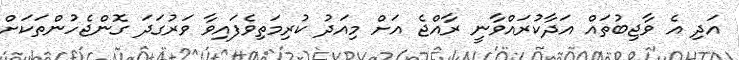
އަދި އެ ވާޖިބުތައް އަދާކުރައްވާނީ ރާއްޖެ އަށް މިއަދު ކުރިމަތިވެފައިވާ ވަރުގަދަ ގޮންޖެހުންތަކަށް